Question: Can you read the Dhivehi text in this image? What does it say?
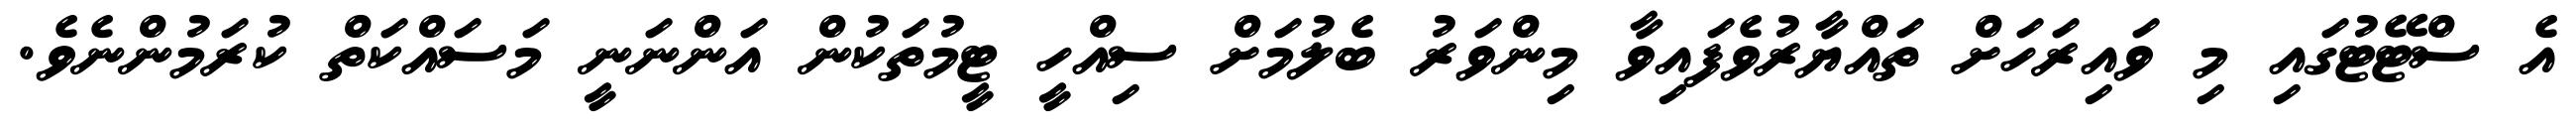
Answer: އެ ސްޓޭޓުގައި މި ވައިރަހަށް ތައްޔާރުވެފައިވާ މިންވަރު ބެލުމަށް ސިއްހީ ޓީމުތަކުން އަންނަނީ މަސައްކަތް ކުރަމުންނެވެ.